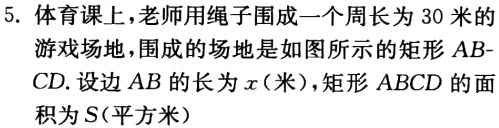
5. 体育课上，老师用绳子围成一个周长为 30 米的
游戏场地，围成的场地是如图所示的矩形\(AB -
CD\). 设边\(AB\)的长为\(x\)（米），矩形\(ABCD\)的面
积为\(S\)（平方米）